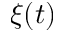
\xi ( t )